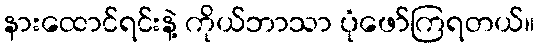
နားထောင်ရင်းနဲ့ ကိုယ်ဘာသာ ပုံဖော်ကြရတယ်။